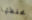
محفظتها